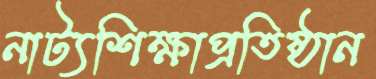
নাট্যশিক্ষাপ্রতিষ্ঠান